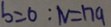
b = 0 : N = 1 7 9